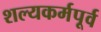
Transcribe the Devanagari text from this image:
शल्यकर्मपूर्व